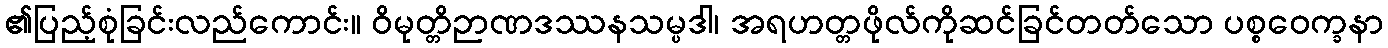
၏ပြည့်စုံခြင်းလည်ကောင်း။ ဝိမုတ္တိဉာဏဒဿနသမ္ပဒါ၊ အရဟတ္တဖိုလ်ကိုဆင်ခြင်တတ်သော ပစ္စဝေက္ခနာ